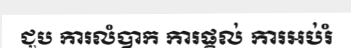
ជួប ការលំបាក ការផ្តល់ ការអប់រំ